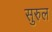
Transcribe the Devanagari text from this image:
सुरुल